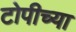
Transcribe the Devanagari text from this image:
टोपीच्या